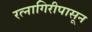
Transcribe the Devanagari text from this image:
रत्‍नागिरीपासून